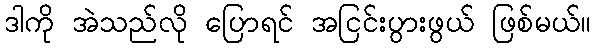
ဒါကို အဲသည်လို ပြောရင် အငြင်းပွားဖွယ် ဖြစ်မယ်။